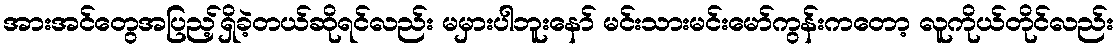
အားအင်တွေအပြည့်ရှိခဲ့တယ်ဆိုရင်လည်း မမှားပါဘူးနော် မင်းသားမင်းမော်ကွန်းကတော့ လူကိုယ်တိုင်လည်း